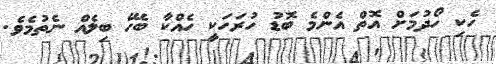
ހެކި ހޯދުމަށް އޮތް އެންމެ ބޮޑު ހުރަހަކީ ހެއްކާ ބެހޭ ބިލެއް ނެތުމެވެ.